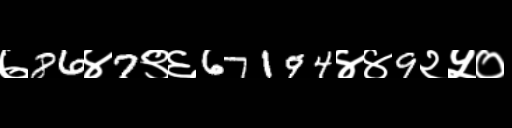
Text: ७86४7९६67194४४9२५०